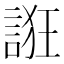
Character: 誑